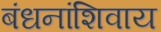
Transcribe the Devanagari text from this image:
बंधनांशिवाय